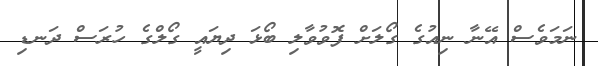
ނަމަވެސް އޭނާ ނިއުގެ ގޯލަށް ފޮވުވާލި ބޯޅަ ދިޔައީ ގޯލްގެ ހުރަސް ދަނޑި